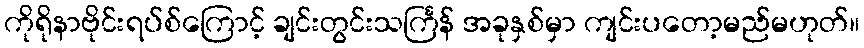
ကိုရိုနာဗိုင်းရပ်စ်ကြောင့် ချင်းတွင်းသင်္ကြန် အခုနှစ်မှာ ကျင်းပတော့မည်မဟုတ်။